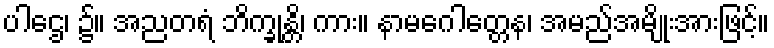
ပါဌေ၊ ၌။ အညတရံ ဘိက္ခုန္တိ၊ ကား။ နာမဂေါတ္တေန၊ အမည်အမျိုးအားဖြင့်။